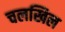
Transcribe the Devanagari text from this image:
चलखिल